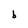
Character: b